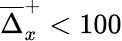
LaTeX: \overline{{\Delta}}_{x}^{+}<100